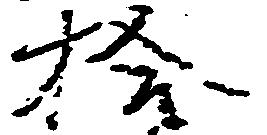
拾